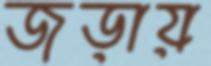
জড়ায়